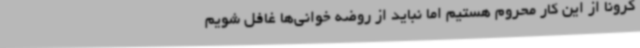
کرونا از این کار محروم هستیم اما نباید از روضه خوانی‌ها غافل شویم